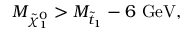
M _ { \tilde { \chi } _ { 1 } ^ { 0 } } > M _ { \tilde { t } _ { 1 } } - 6 \mathrm { ~ G e V } ,